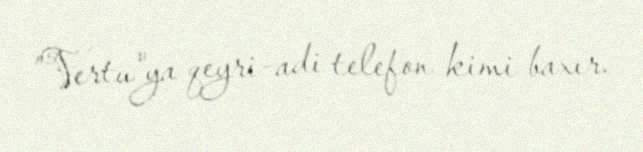
”Vertu"ya qeyri-adi telefon kimi baxır.